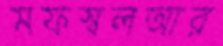
মফস্বলআর